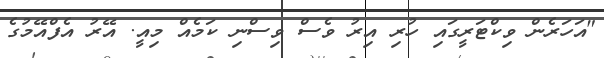
"އަހަރެން ވިކްޓަރީގައި ހުރި އިރު ވެސް ވިސްނި ކަމެއް މިއީ. އޭރު އެފްއޭމުގެ